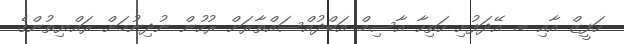
ހަފީޒް އާއި ބ. އޭދަފުށި ހަތިހާ އާސިމް އަބްދުއްސައްތާރަށް ރުހުން ނުދިނުމަށް ރައްޔިތުންގެ